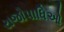
રાજોપાધિઓ